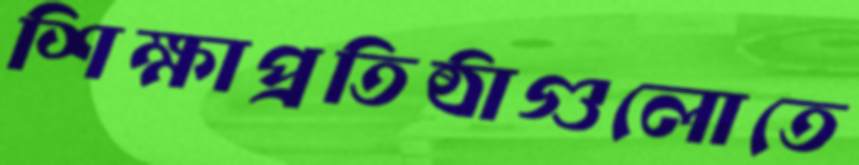
শিক্ষাপ্রতিষ্ঠাগুলোতে